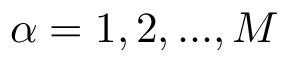
\alpha = 1 , 2 , . . . , M